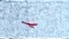
-